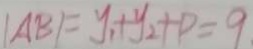
\vert A B \vert = y _ { 1 } + y _ { 2 } + P = 9